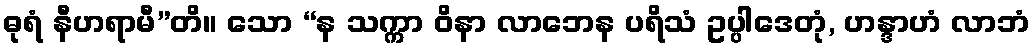
ဓုရံ နီဟရာမီ”တိ။ သော “န သက္ကာ ဝိနာ လာဘေန ပရိသံ ဥပ္ပါဒေတုံ, ဟန္ဒာဟံ လာဘံ